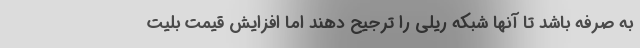
به صرفه باشد تا آنها شبکه ریلی را ترجیح دهند اما افزایش قیمت بلیت